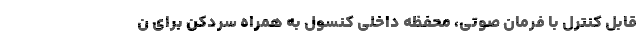
قابل کنترل با فرمان صوتی، محفظه داخلی کنسول به همراه سردکن برای ن